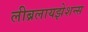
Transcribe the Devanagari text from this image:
लीब्रलायझेशन्स